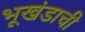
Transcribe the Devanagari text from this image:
भूखंडाची